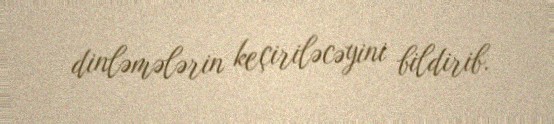
dinləmələrin keçiriləcəyini bildirib.